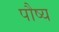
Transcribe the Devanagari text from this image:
पौष्य